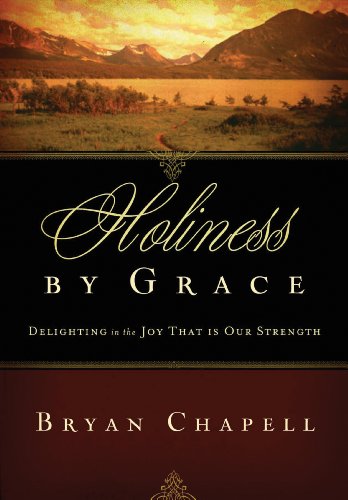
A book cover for Holiness by Grace (Redesign): Delighting in the Joy That Is Our Strength; Bryan Chapell; Christian Books & Bibles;